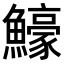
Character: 𬵵